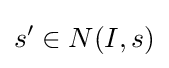
s'\in N(I,s)